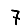
Digit: 7